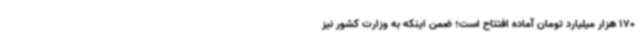
170 هزار میلیارد تومان آماده افتتاح است؛ ضمن اینکه به وزارت کشور نیز